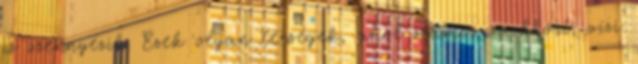
is szennyezik. Ezek olyan térségek, ahol számos sarkköri, vízi